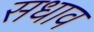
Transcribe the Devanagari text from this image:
सधाव